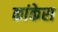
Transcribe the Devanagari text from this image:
कांकेरा